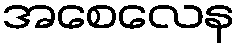
အစေလေန